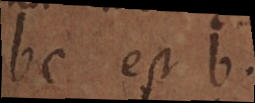
bc est b.